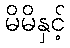
မိမိနှင့်